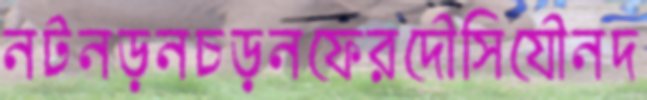
নটনড়নচড়নফেরদৌসিযৌনদ